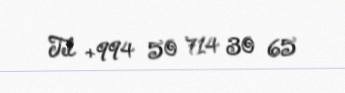
Tel +994 50 714 30 65